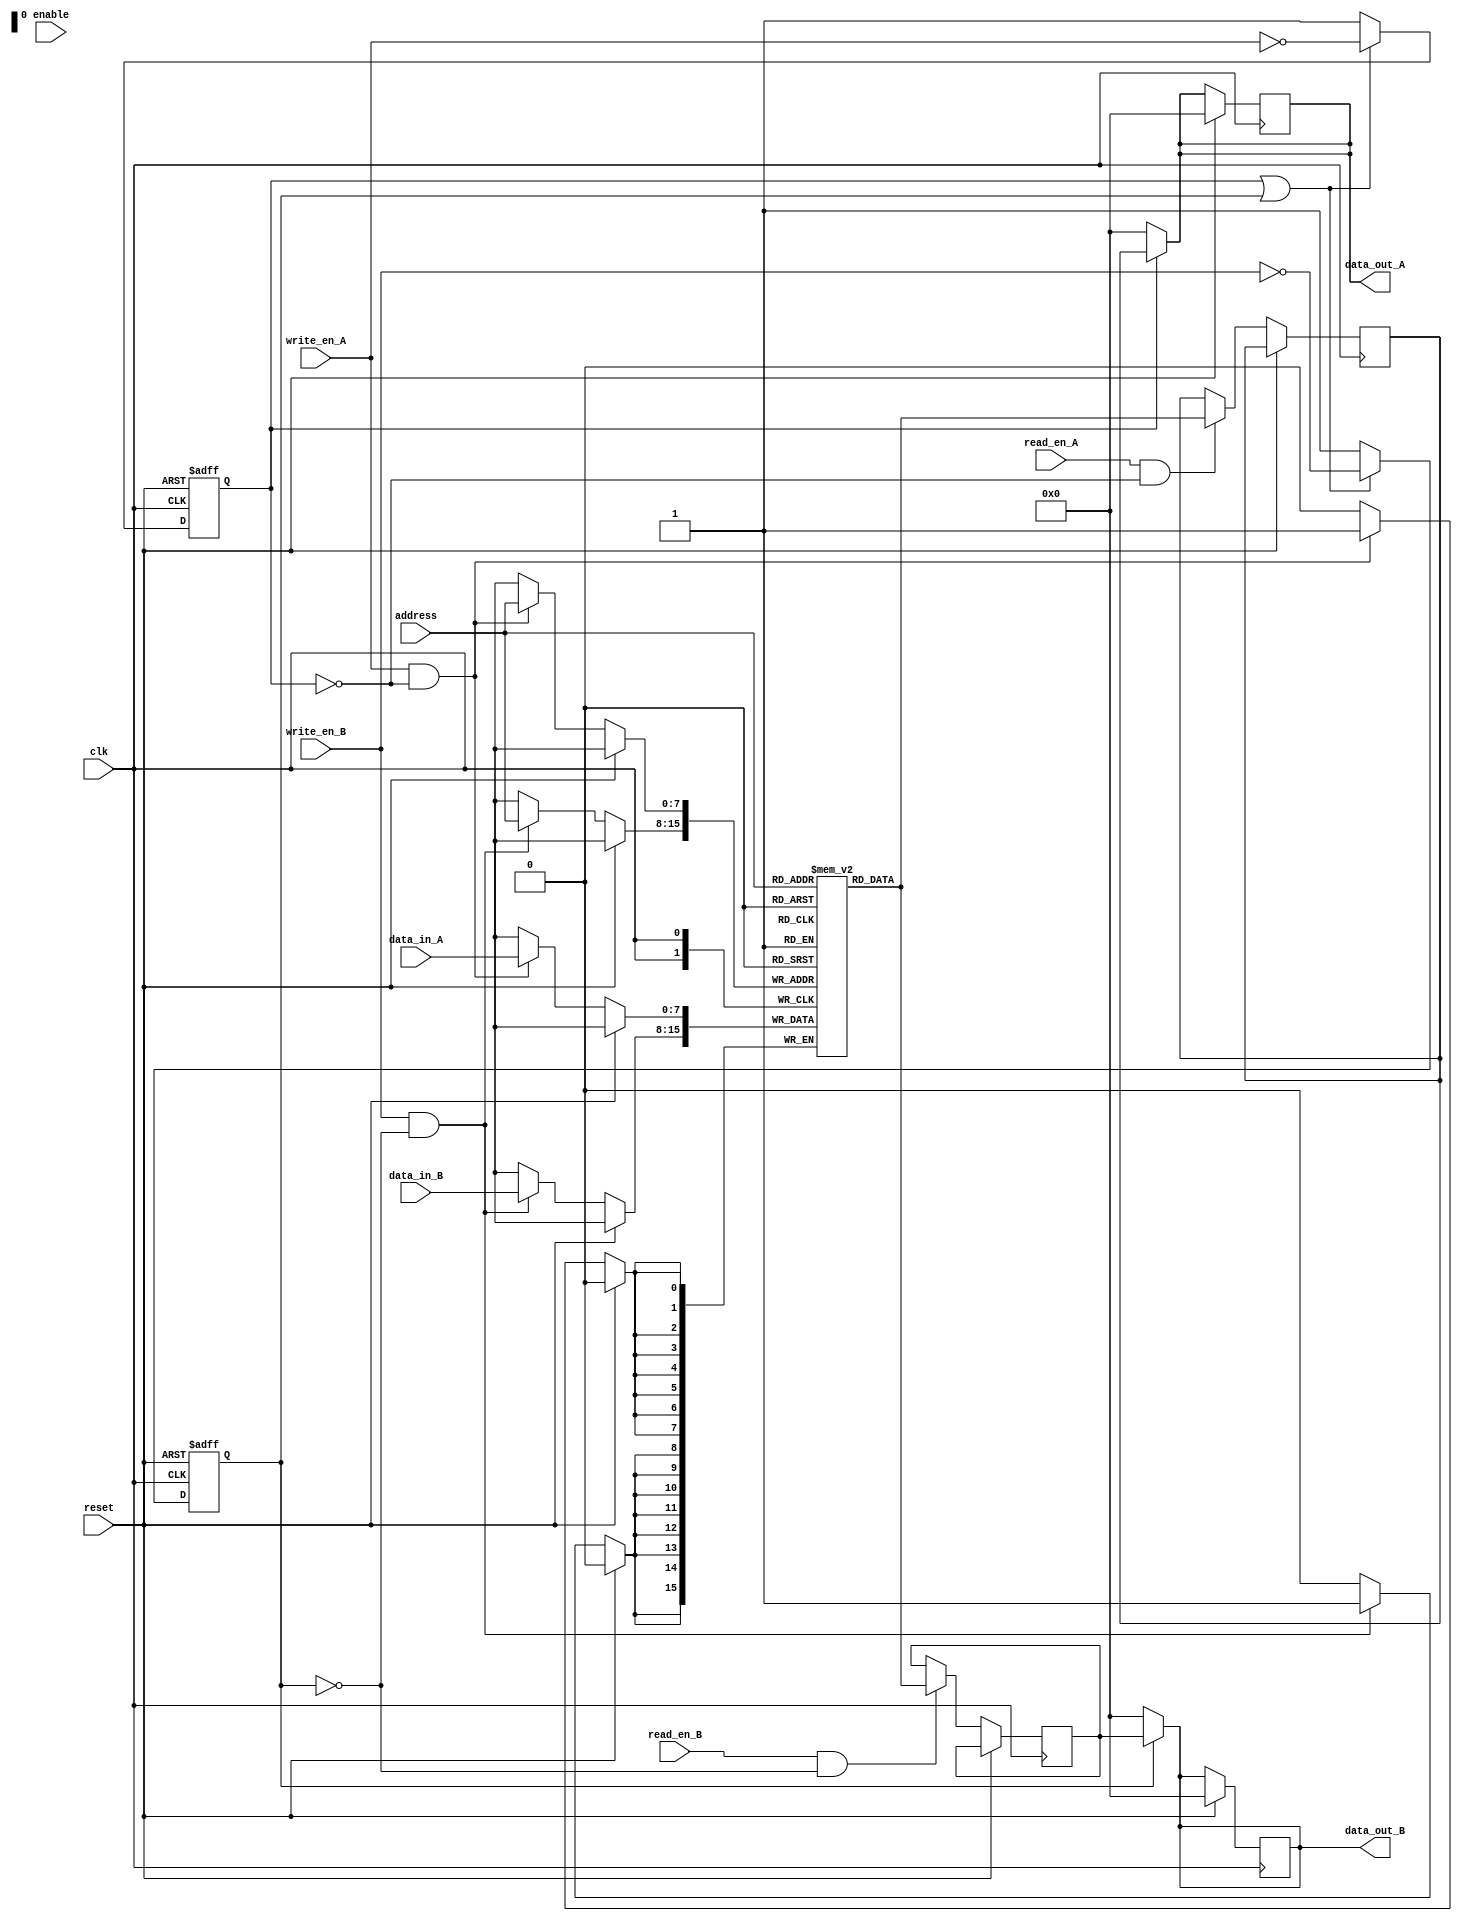
module dual_port_ram_arbitration (
    input wire clk,
    input wire reset,
    input wire enable,
    input wire [7:0] address,
    input wire [7:0] data_in_A,
    input wire [7:0] data_in_B,
    input wire read_en_A,
    input wire read_en_B,
    input wire write_en_A,
    input wire write_en_B,
    output reg [7:0] data_out_A,
    output reg [7:0] data_out_B
);

reg [7:0] memory [255:0];
reg [7:0] data_out_A_reg, data_out_B_reg;

// Arbitration logic
reg en_A_locked, en_B_locked;

always @ (posedge clk or posedge reset) begin
    if (reset) begin
        en_A_locked <= 0;
        en_B_locked <= 0;
    end else begin
        if (en_A_locked || en_B_locked) begin
            en_A_locked <= ~write_en_A;
            en_B_locked <= ~write_en_B;
        end else begin
            en_A_locked <= 1'b1;
            en_B_locked <= 1'b1;
        end
    end
end

// Read and write operations
always @ (posedge clk) begin
    if (reset) begin
        data_out_A <= 8'b0;
        data_out_B <= 8'b0;
    end else begin
        if (read_en_A && !en_A_locked) begin
            data_out_A_reg <= memory[address];
        end
        if (read_en_B && !en_B_locked) begin
            data_out_B_reg <= memory[address];
        end
        if (write_en_A && !en_A_locked) begin
            memory[address] <= data_in_A;
        end
        if (write_en_B && !en_B_locked) begin
            memory[address] <= data_in_B;
        end
    end
end

assign data_out_A = en_A_locked ? data_out_A_reg : 8'b0;
assign data_out_B = en_B_locked ? data_out_B_reg : 8'b0;

endmodule